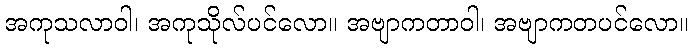
အကုသလာဝါ၊ အကုသိုလ်ပင်လော။ အဗျာကတာဝါ၊ အဗျာကတပင်လော။